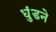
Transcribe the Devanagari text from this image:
धुंडने